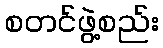
စတင်ဖွဲ့စည်း